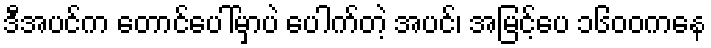
ဒီအပင်က တောင်ပေါ်မှာပဲ ပေါက်တဲ့ အပင်၊ အမြင့်ပေ ၁၆၀၀ကနေ